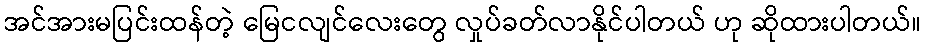
အင်အားမပြင်းထန်တဲ့ မြေငလျင်လေးတွေ လှုပ်ခတ်လာနိုင်ပါတယ် ဟု ဆိုထားပါတယ်။